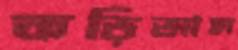
কড়িআল